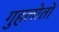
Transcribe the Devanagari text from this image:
गुहलोतों